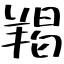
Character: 羯